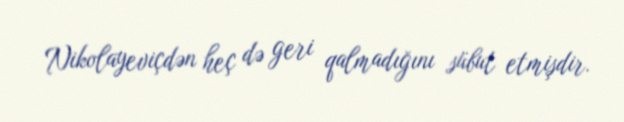
Nikolayeviçdən heç də geri qalmadığını sübut etmişdir.